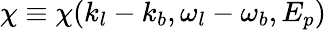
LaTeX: \chi\equiv\chi(k_{l}-k_{b},\omega_{l}-\omega_{b},E_{p})